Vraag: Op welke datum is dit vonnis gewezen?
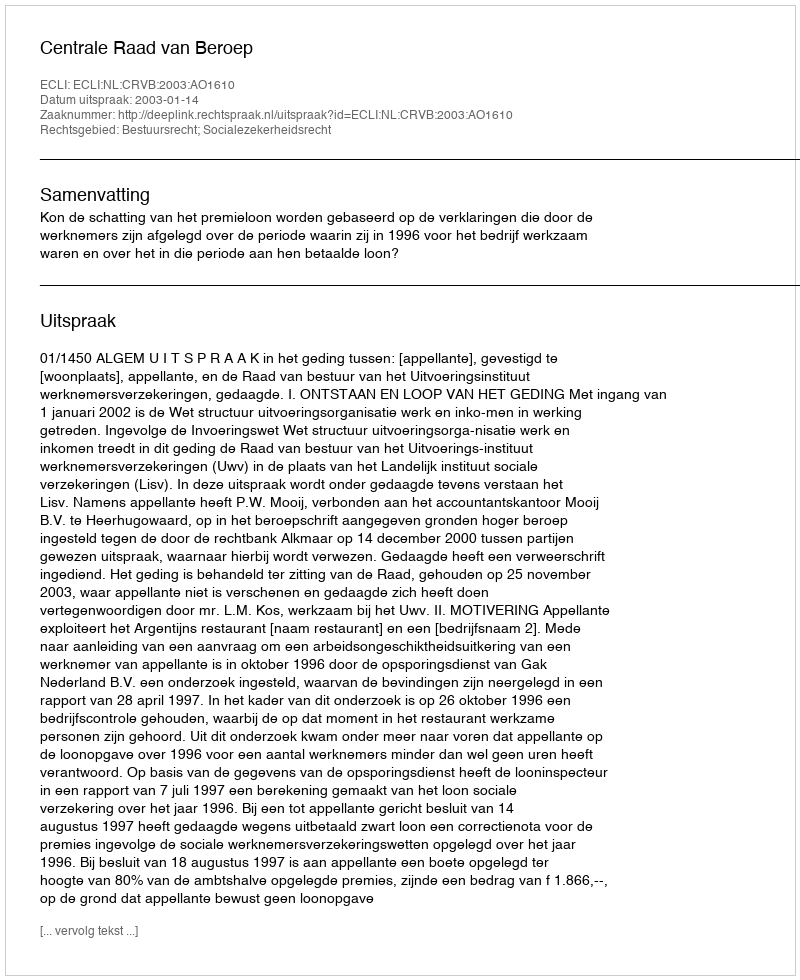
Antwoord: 2003-01-14